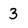
Character: 3